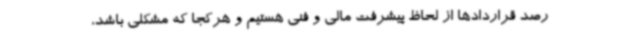
رصد قراردادها از لحاظ پیشرفت مالی و فنی هستیم و هرکجا که مشکلی باشد،